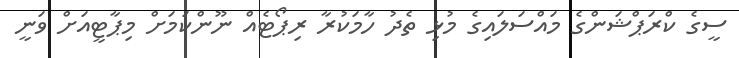
ސީގެ ކްރަޕްޝަންގެ މައްސަލައިގެ މުޅި ތެދު ހާމަކުރާ ރިޕޯޓެއް ނޫންކަމަށް މިޕާޓީއަށް ވަނީ